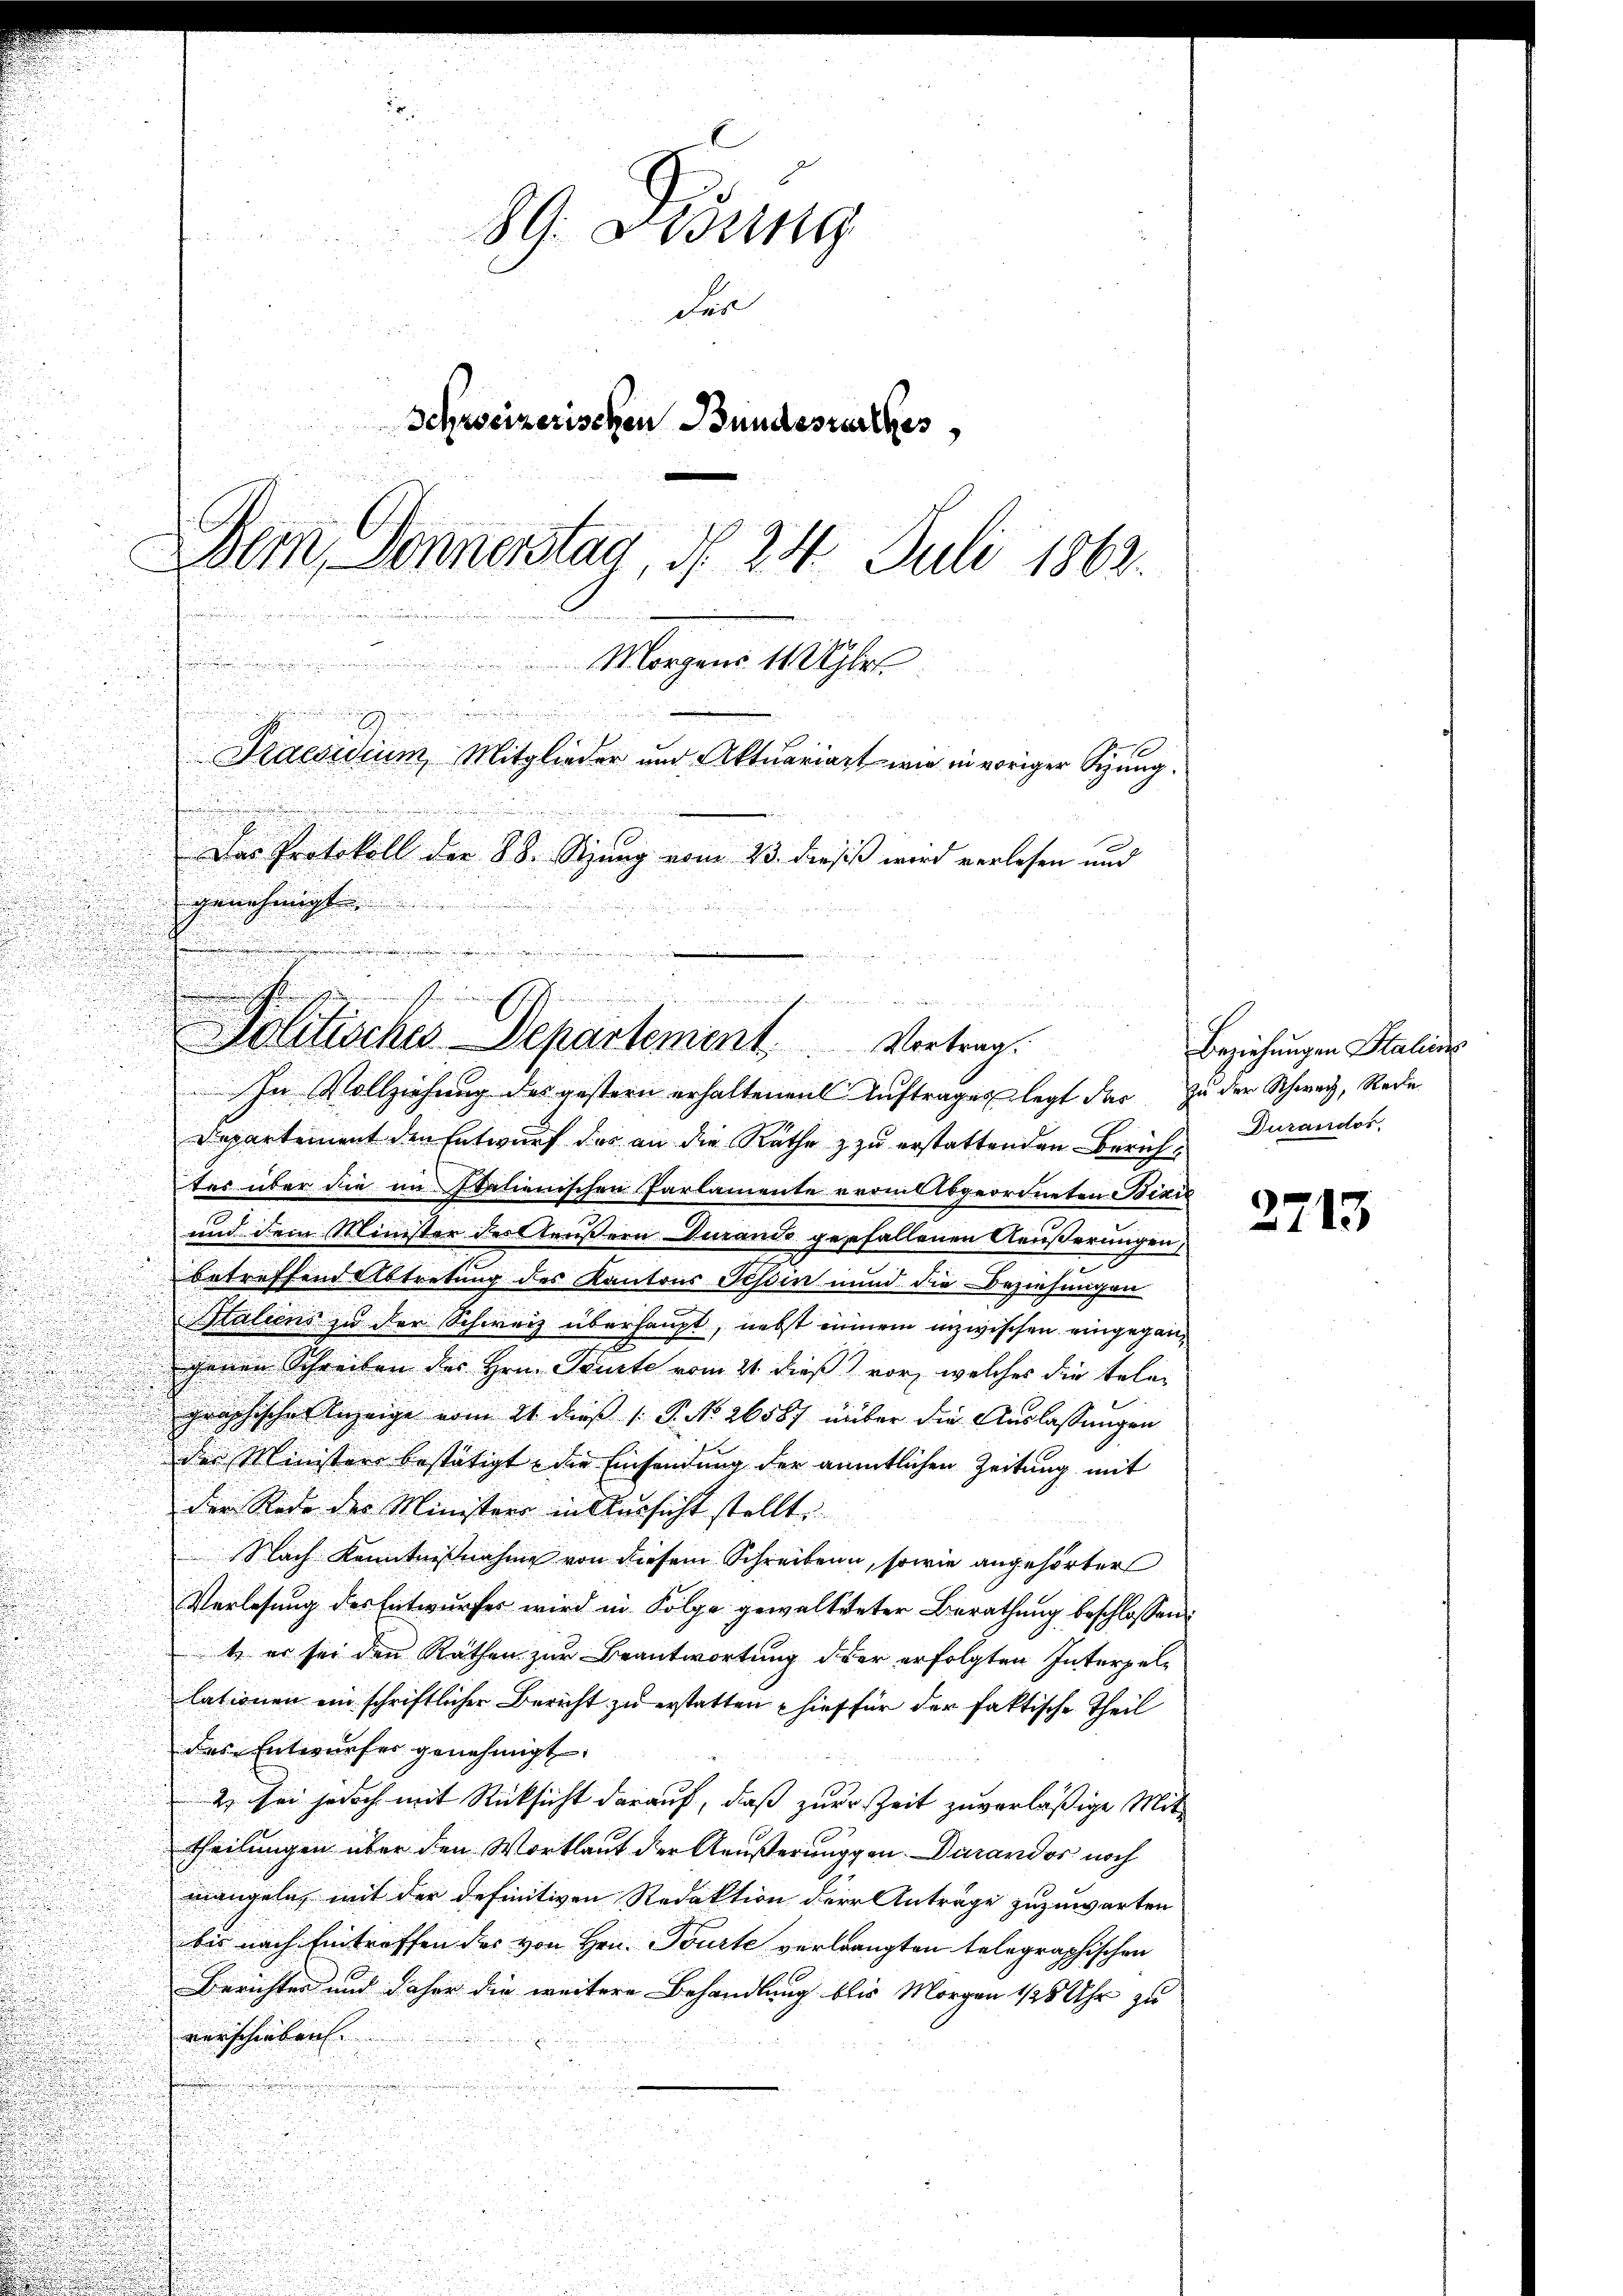
Departement den Entwurf das an die Räthe zu erstattenden Zürichtes über die im Italienischen Parlamente vom Abgeordneten Binić
und dem Minister der außern durande gefallenen Aeußerungen,
.
betreffend Abtretung des Kantons Tessin und die Beziehungen
Italiens zu der Schweiz überhaupt, nebst einem inzwischen eingegan¬
u
ichenen Schreiben des Hrn. Pruste vom 21. dieß) vor, welches die telen
graphische Anzeige vom 21. dieß P. No 26587 über die Auslassungen
der Ministere bestätigt, die Einsendung der amtlichen Zeitung mit
der Rede der Ministers in Versicht stellte.
Nach Kenntnißnahme von diesem Schreiben, sowie angehörter
Verlesung des Entwurfes wird in Folge gewalteter Berathung beschlossen:
t er sei den Räthen zur Beantwortung der erfolgten Interpellationen ein schriftlicher Bericht zu erstatten hief für der faktische Theil
des Entwurfes genehmigt. |
2 sei jedoch mit Rücksicht darauf, daß zur Zeit zuverläßige Mittheilungen über den Wortlaut der Aeußerungen. Darandos noch
mangeln, mit der definitiven Redaktion der Anträge zuzuwarten
bis nach Eintreffen des von Hrn. Tourte verlangten telegraphischen
Berichter und daher die weitere Behandlung bis Morgen 1/8 Uhr zu
verschieben. |

89. Disung
der
Schweizerischen Bundesrathes
Dem Donnerstag, d. 24. Juli 1863.
.
 Morgens 11 Uhr
.
Praesidium, Mitglieder und Aktuariat wie in voriger Sitzung.
i
Das Protokoll der 88. Sizung vom 23. Diesis wird verlesen und
genehmigt.

.
.
Politisches Departement. . . . . Vortrag.
In Vollziehung des gestern erhaltenen Auftrages legt dar zu der Schwarz, Rede

Beziehungen Saline
Durandos

2713